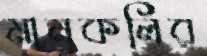
মানকলির